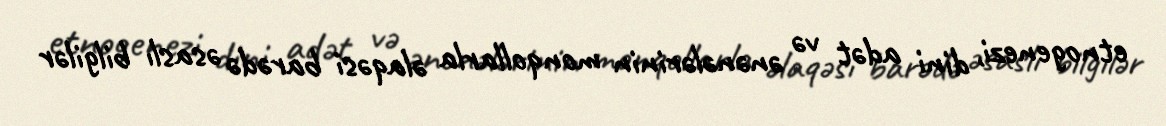
etnogenezi, dini adət və ənənələrinin monqollarla əlaqəsi barədə əsaslı bilgilər